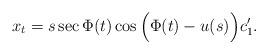
LaTeX: \begin{align*} x_t = s \sec \Phi(t) \cos\Big(\Phi(t)-u(s)\Big)c_1^{\prime}.\end{align*}